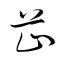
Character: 芷